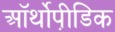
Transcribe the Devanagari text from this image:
ऑर्थोपी़डिक